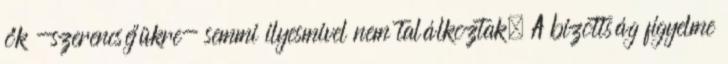
ők -szerencséjükre- semmi ilyesmivel nem találkoztak. A bizottság figyelme